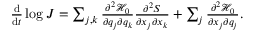
\begin{array} { r } { \frac { \mathrm { d } } { \mathrm { d } t } \log { J } = \sum _ { j , k } \frac { \partial ^ { 2 } \mathcal { H } _ { 0 } } { \partial q _ { j } \partial q _ { k } } \frac { \partial ^ { 2 } S } { \partial x _ { j } \partial x _ { k } } + \sum _ { j } \frac { \partial ^ { 2 } \mathcal { H } _ { 0 } } { \partial x _ { j } \partial q _ { j } } . } \end{array}